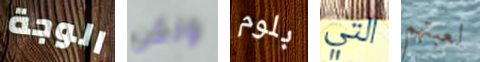
الوجة ولكن بلوم التي لعبتهم